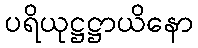
ပရိယုဋ္ဌဋ္ဌာယိနော